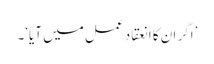
’اگر ان کا انعقاد عمل میں آیا‘۔